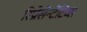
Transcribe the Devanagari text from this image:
रिप्रेसेन्टेटिव्स